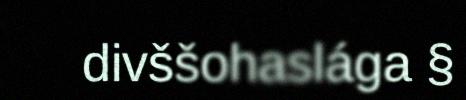
divššohaslága §